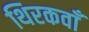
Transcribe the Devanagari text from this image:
थिरकवाँ